Lunatic asylums Bombay report 1891-1903 - 1891-1903
Year: 1891
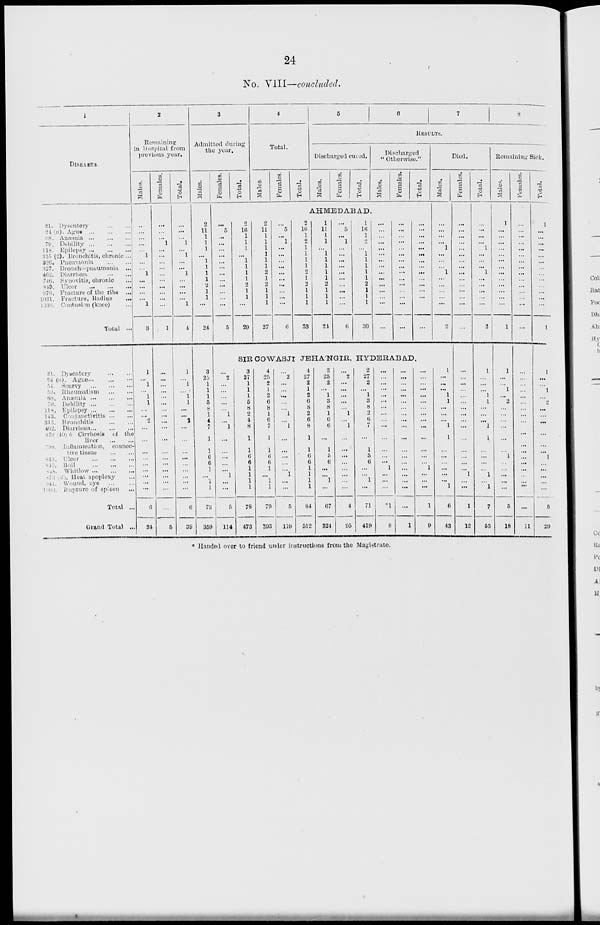
24
No. VIII—concluded.
1
DISEASES.
21. Dysentry ... ...
24 (a). Ague ... ... ...
68. Anæmia ... ... ...
79.
Debility ... ... ...
118. Epilepsy ... ... ...
315 (2). Bronchitis, chronic ...
326. Pneumonia ... ...
327. Broucho-pneumonia ...
462. Diarrhœa ... ...
746. Synovitis, chronic ...
843. Ulcer
...
...
...
976. Fracture of the ribs ...
1031. Fracture, Radius ...
1036. Contusion (knee) ...
Total ...
21. Dysentery ... ...
24 (a). Ague ... ... ...
54. Scurvy ... ... ...
59. Rheumatism ... ...
68. Anæmia ... ... ...
79. Debility ... ... ...
118. Epilepsy ... ... ...
143. Conjunctivitis ... ...
315. Bronchitis ... ...
462. Diarrhœa ... ... ...
479 (40) b Cirrhosis of the
liver
...
...
798. Inflammation, connec-
tive tissue ... ...
843. Ulecr ... ... ...
845. Boil
...
...
...
848. Whitlow ... ... ...
873 (d). Heat apoplexy ...
944. Wound, eye ... ...
1000. Rupture of spleen
...
Total ...
Grand Total ...
2
Remaining
in Hospital from
previous, year.
Males.
...
...
...
...
...
1
...
...
1
...
...
...
...
1
3
1
...
1
...
1
1
...
...
2
...
...
...
...
...
...
...
...
...
6
34
Females.
...
...
...
1
...
...
...
...
...
...
...
...
...
...
1
...
...
...
...
...
...
...
...
...
...
...
...
...
...
...
...
...
...
...
5
Total.
...
...
...
1
...
1
...
...
1
...
...
...
...
1
4
1
...
1
...
1
1
...
...
2
...
...
...
...
...
...
...
...
...
6
39
3
Admitted during
the year.
Males.
2
11
...
...
...
...
...
...
...
...
...
...
...
...
24
3
25
1
1
1
5
8
1
4
7
1
1
6
6
1
...
1
1
73
359
Females.
Total.
4
Total.
Males.
Females.
Total.
5
6
7
8
RESULTS.
Discharged cured.
Males.
Females.
Total.
Discharged
"Otherwise."
Males.
Females.
Total.
AHMEDABAD.
...
6
...
...
...
...
...
...
...
...
...
...
...
...
5
2
16
1
1
1
... 1
1
1
1
2
1
1
...
29
2
11
1
1
1
1
1
1
2
1
2
1
1
1
27
...
5
...
1
...
...
...
...
...
...
...
...
...
...
6
2
16
...
...
...
...
...
...
...
...
...
...
...
...
33
1
11
1
1
1 ...
1
1
1
1
2
1
1
1
24
...
5
...
1
...
...
...
...
...
...
...
...
...
...
6
1
16
1
2
1
...
1
1
1
1
2
1
...
...
30
...
...
...
...
...
...
...
...
...
...
...
...
...
...
...
...
...
...
...
...
...
...
...
...
...
...
...
...
...
...
...
...
...
...
...
...
...
...
...
...
...
...
...
...
...
Died.
Males.
...
...
...
...
1
...
...
...
1
...
...
...
...
...
2
SIR COWASJI JEHÁNGIR, HYDERABAD.
...
2
...
...
...
...
...
1
... 1
...
...
...
...
...
1
...
...
5
114
3
27
1
1
1
5
8
2
4
8
1
1
6
6
1
1
1
1
78
473
4
25
2
1
2
6
8
1
6
7
1
1
6
6
1
...
1
1
79
393
...
2
...
...
...
...
...
1
... 1
...
...
...
...
...
1
...
...
5
119
4
27
2
1
2
6
8
2
6
8
1
1
6
6
1
1
1
1
84
512
2
25
2
...
1
3
8
1
6
6
...
1
5
6
...
...
1
...
67
324
...
2
...
...
...
...
...
1
... 1
...
...
...
...
...
...
...
...
4
95
2
27
2
...
1
3
8
2
6
7
...
1
5
6
...
...
1
...
71
419
...
...
...
...
...
...
...
...
...
...
...
...
...
...
1
...
...
...
*1
8
...
...
...
...
...
...
...
...
...
...
...
...
...
...
...
...
...
...
...
1
...
...
...
...
...
...
...
...
...
...
...
...
...
...
1
...
...
...
1
9
1
...
...
...
1
1
...
...
... 1
1
...
...
...
...
...
...
1
6
43
Females.
...
...
...
...
...
...
...
...
...
...
...
...
...
...
...
...
...
...
...
...
...
...
...
...
...
...
...
...
...
...
1
...
...
1
12
Total.
...
...
...
1
...
...
...
...
1
...
...
...
...
...
2
1
...
...
...
1
1
...
...
... 1
1
...
...
...
...
1
...
1
7
55
Remaining Sick.
Males.
1
...
...
...
...
...
...
...
...
...
...
...
...
...
1
1
...
...
1
...
2
...
...
...
...
...
...
1
...
...
...
...
...
5
18
Females.
...
...
...
...
...
...
...
...
...
...
...
...
...
...
...
...
...
...
...
...
...
...
...
...
...
...
...
...
...
...
...
...
...
...
11
Total.
1
...
...
...
...
...
...
...
...
...
...
...
...
...
1
1
...
...
1
...
2
...
...
...
...
...
...
1
...
...
...
...
...
5
29
* Handed over to friend under instructions from the Magistrate.